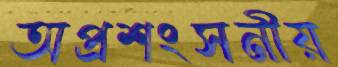
অপ্রশংসনীয়